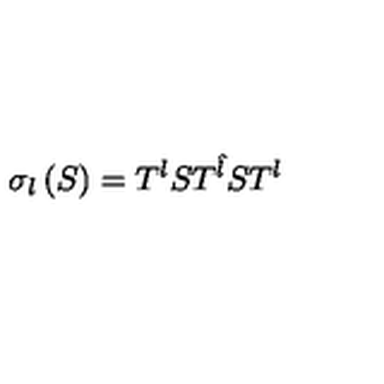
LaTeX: \sigma _ { l } \left( S \right) = T ^ { l } S T ^ { \hat { l } } S T ^ { l }